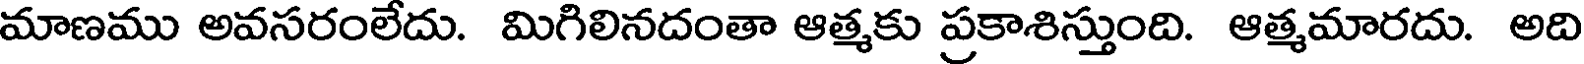
మాణము అవసరంలేదు. మిగిలినదంతా ఆత్మకు ప్రకాశిస్తుంది. ఆత్మమారదు. అది